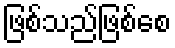
ဖြစ်သည်ဖြစ်စေ